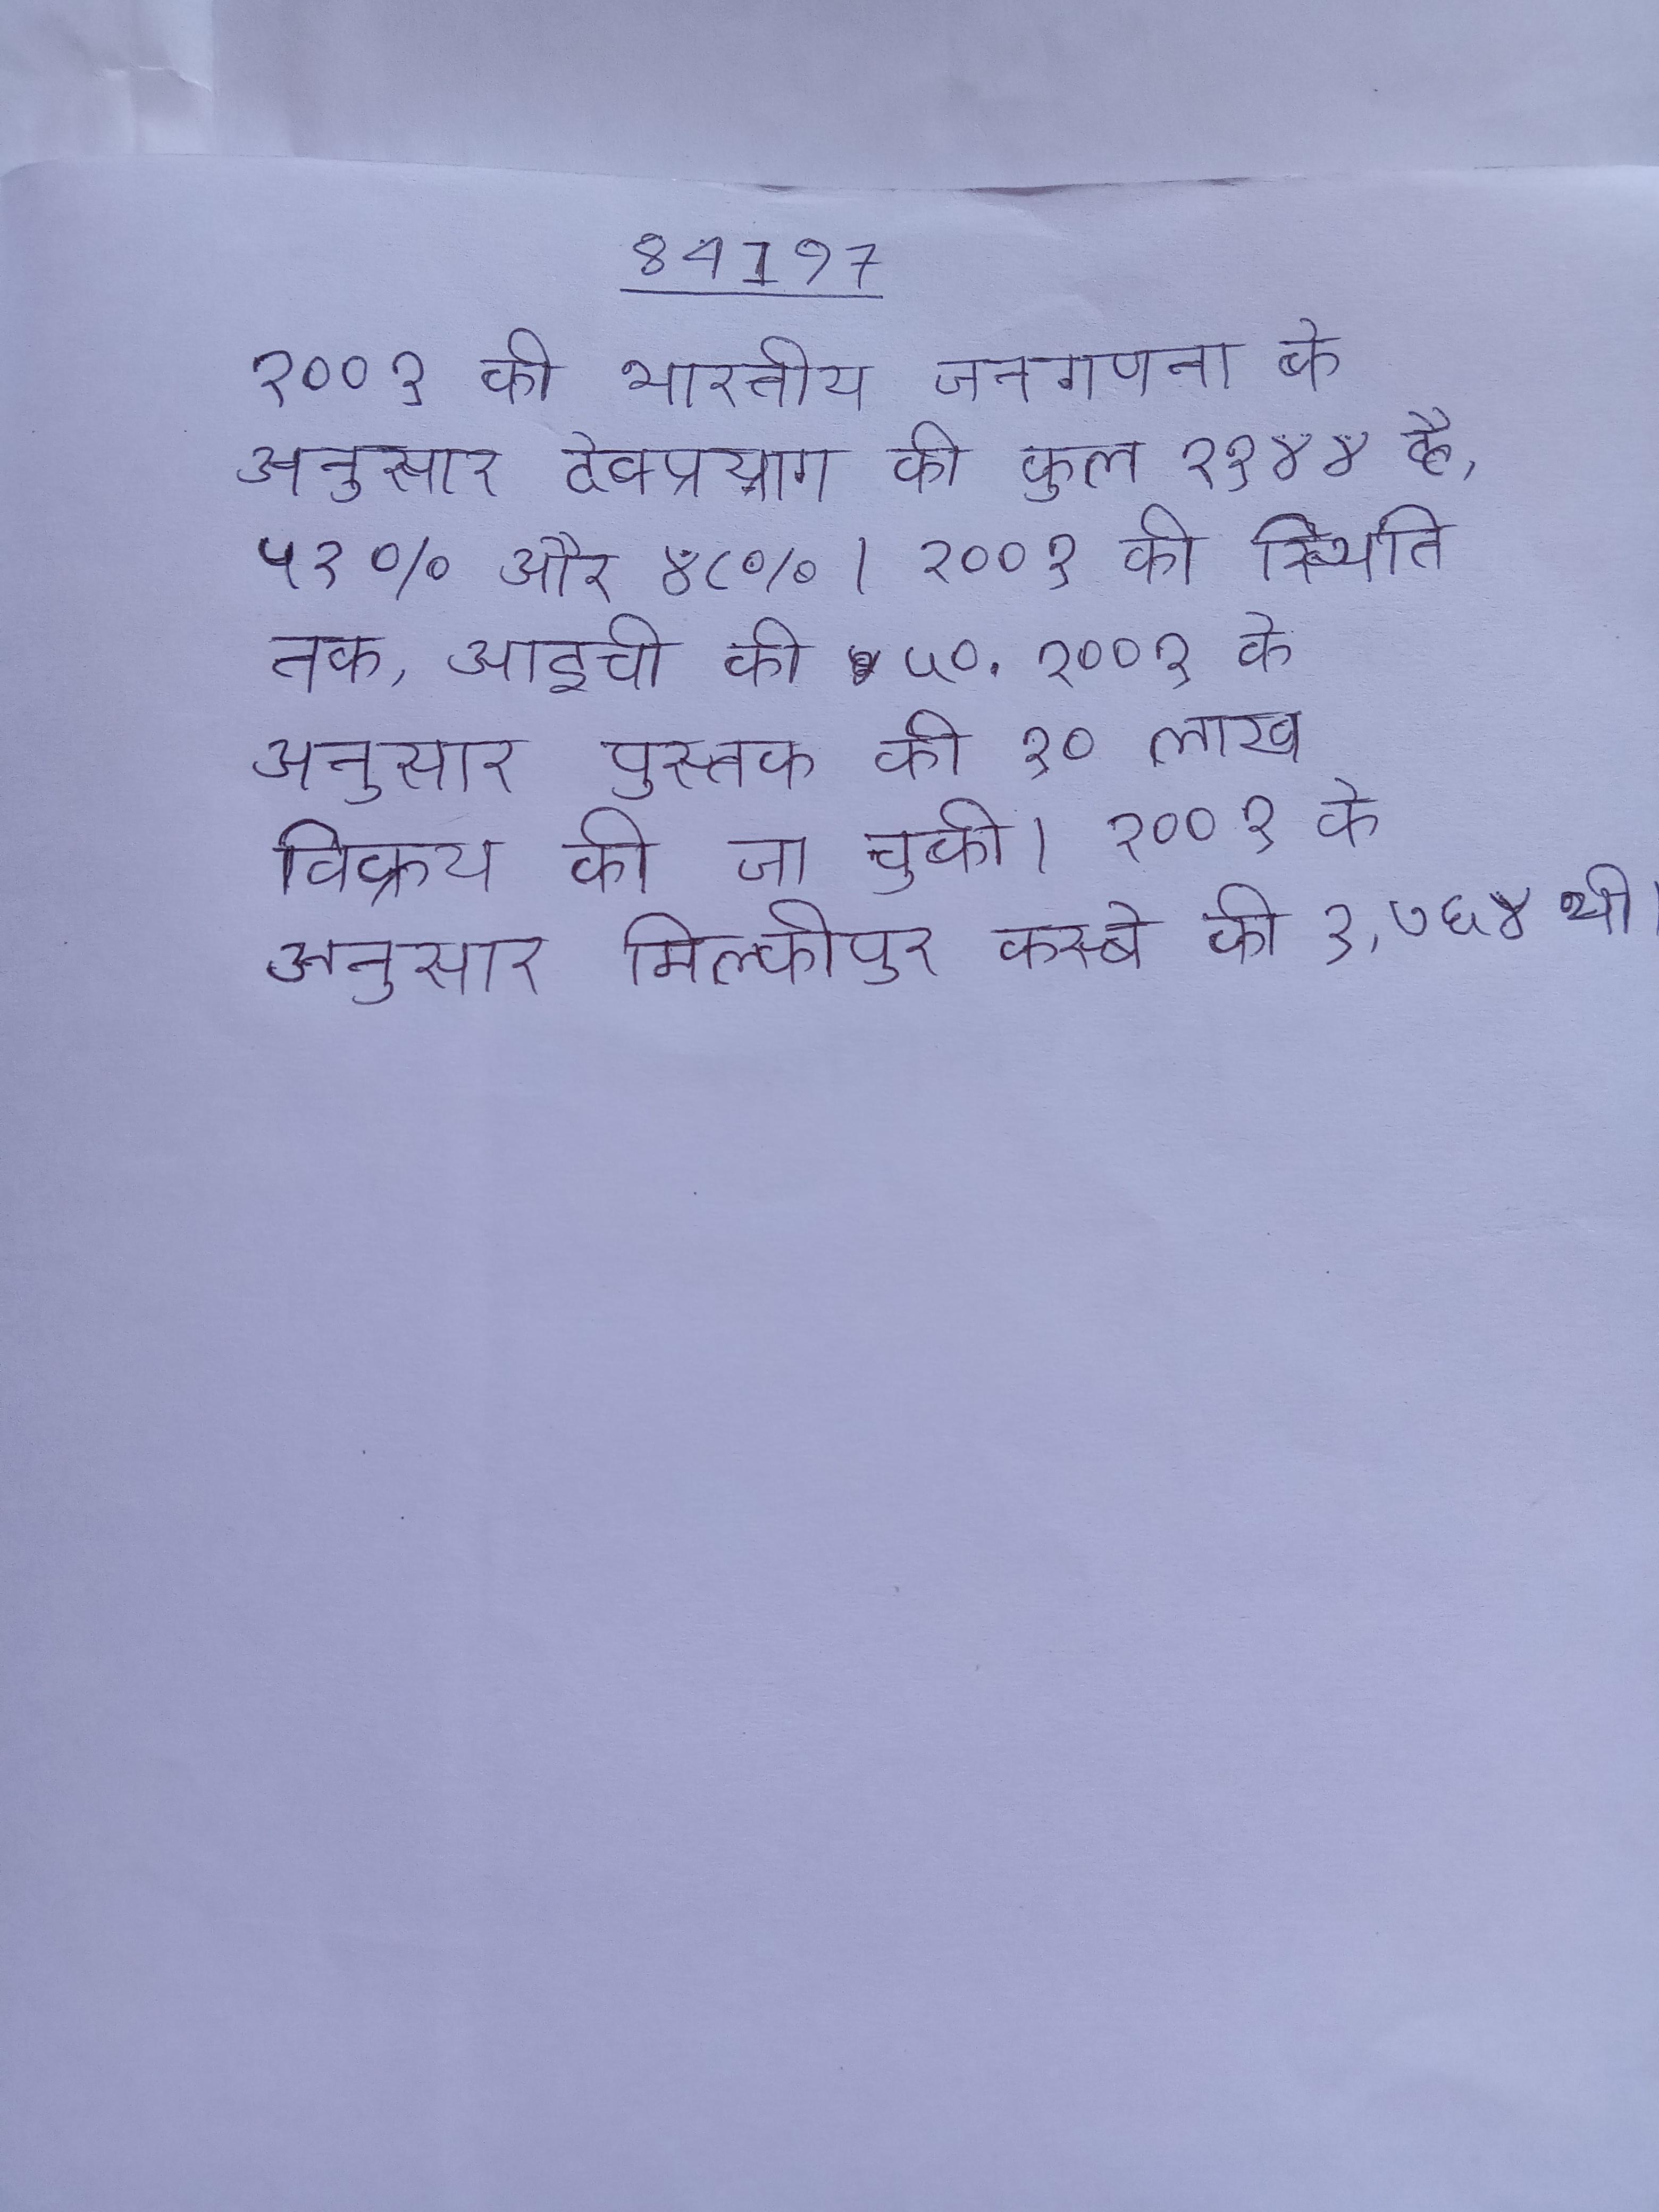
२००१ की भारतीय जनगणना के अनुसार देवप्रयाग की कुल २१४४ है, ५२% और ४८% । २००१ की स्थिति तक, आइची की ५० . २००१ के अनुसार पुस्तक की १० लाख विक्रय की जा चुकी । २००१ के अनुसार मिल्कीपुर कस्बे की १,७६४ थी ।